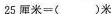
25厘米=()米